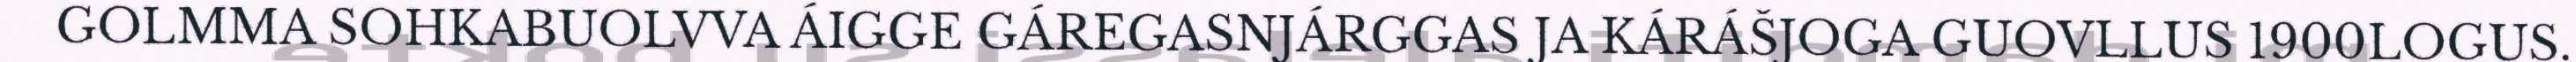
GOLMMA SOHKABUOLVVA ÁIGGE GÁREGASNJÁRGGAS JA KÁRÁŠJOGA GUOVLLUS 1900LOGUS.